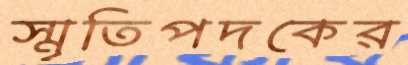
স্মৃতিপদকের